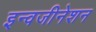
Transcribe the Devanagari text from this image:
इन्वजीनेशन